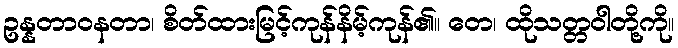
ဥန္နတာဝနတာ၊ စိတ်ထားမြင့်ကုန်နိမ့်ကုန်၏။ တေ၊ ထိုသတ္တဝါတို့ကို။